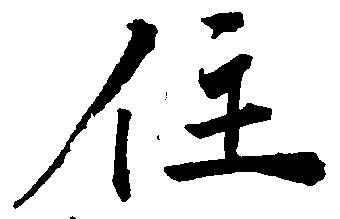
住